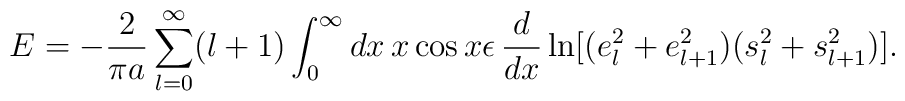
E=-{2\over\pi a}\sum_{l=0}^\infty(l+1)\int_0^\infty dx\,x\cos x\epsilon\,{d\over dx}\ln[(e_l^2+e_{l+1}^2)(s_l^2+s_{l+1}^2)].